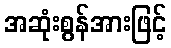
အဆုံးစွန်အားဖြင့်